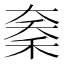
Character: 𱶇